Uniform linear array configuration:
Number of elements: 24
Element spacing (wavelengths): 0.5
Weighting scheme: binomial
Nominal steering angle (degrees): -45
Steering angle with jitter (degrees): -45.991
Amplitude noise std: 0.05
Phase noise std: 0.05

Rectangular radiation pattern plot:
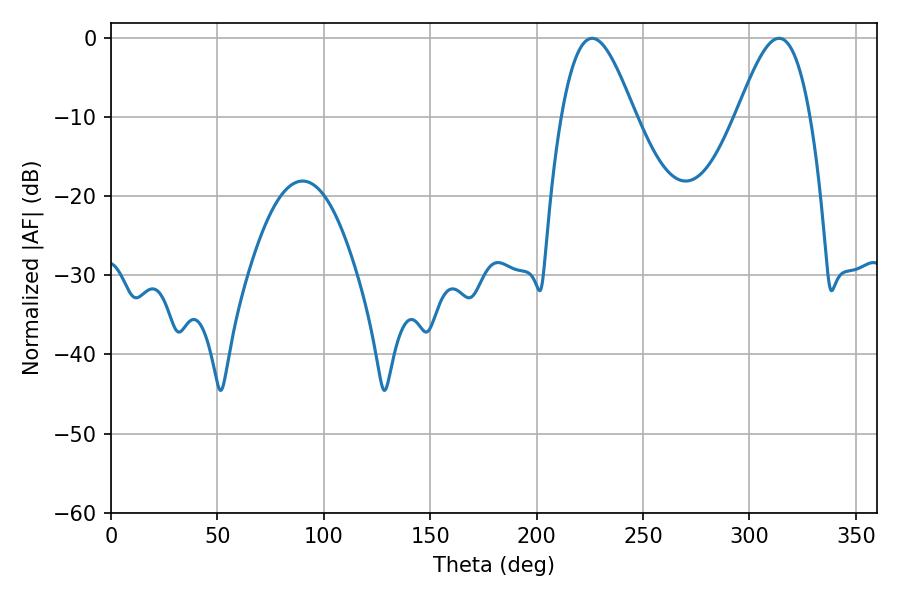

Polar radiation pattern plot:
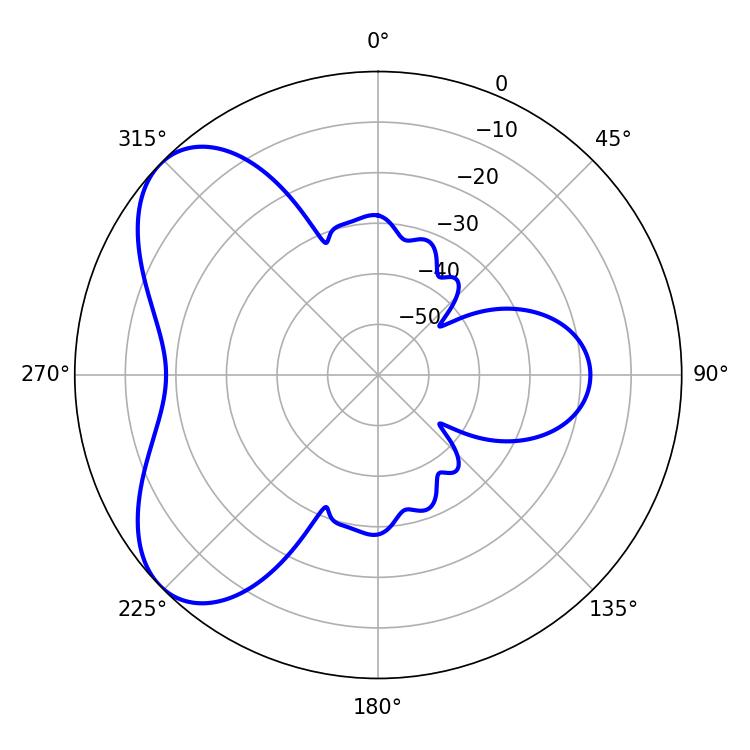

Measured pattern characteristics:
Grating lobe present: FALSE
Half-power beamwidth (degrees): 18.36
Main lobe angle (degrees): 226.08